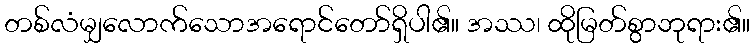
တစ်လံမျှလောက်သောအရောင်တော်ရှိပါ၏။ အဿ၊ ထိုမြတ်စွာဘုရား၏။